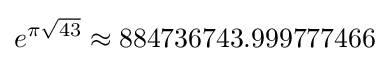
e^{\pi {\sqrt {43}}}\approx 884736743.999777466